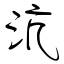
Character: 沆